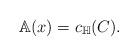
LaTeX: \begin{align*}\mathbb{A}(x) = c_{\mathbb{H}}(C). \end{align*}